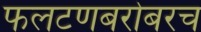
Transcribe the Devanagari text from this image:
फलटणबरोबरच